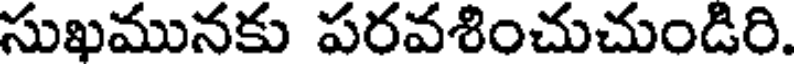
సుఖమునకు పరవశించుచుండిరి.